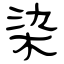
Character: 染